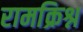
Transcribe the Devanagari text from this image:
रामक्रिश्न